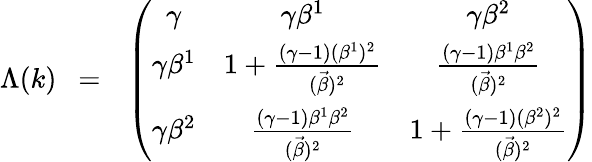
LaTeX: \Lambda(k)~~=~~\left(\begin{array}{ccc}{{{\gamma}}}&{{{\gamma}{\beta}^{1}}}&{{{\gamma}{\beta}^{2}}}\\ {{{\gamma}{\beta}^{1}}}&{{1+\frac{({\gamma}-1)({\beta}^{1})^{2}}{(\vec{\beta})^{2}}}}&{{\frac{({\gamma}-1){\beta}^{1}{\beta}^{2}}{(\vec{\beta})^{2}}}}\\ {{{\gamma}{\beta}^{2}}}&{{\frac{({\gamma}-1){\beta}^{1}{\beta}^{2}}{(\vec{\beta})^{2}}}}&{{1+\frac{({\gamma}-1)({\beta}^{2})^{2}}{(\vec{\beta})^{2}}}}\end{array}\right)